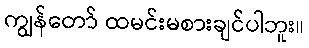
ကျွန်တော် ထမင်းမစားချင်ပါဘူး။